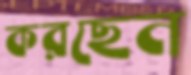
করছেন